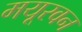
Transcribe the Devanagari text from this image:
मयूरवन